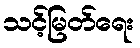
သင့်မြတ်ရေး